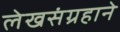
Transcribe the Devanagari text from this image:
लेखसंग्रहाने